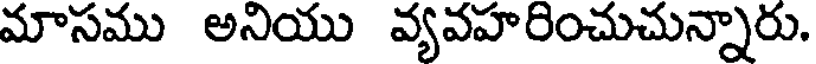
మాసము అనియు వ్యవహరించుచున్నారు.